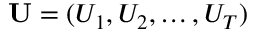
\mathbf { U } = ( U _ { 1 } , U _ { 2 } , \ldots , U _ { T } )